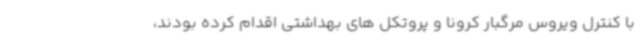
با کنترل ویروس مرگبار کرونا و پروتکل های بهداشتی اقدام کرده بودند،